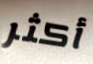
أكثر